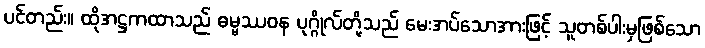
ပင်တည်း။ ထိုအဋ္ဌကထာသည် ဓမ္မဿဝန ပုဂ္ဂိုလ်တို့သည် မေးအပ်သောအားဖြင့် သူတစ်ပါးမှဖြစ်သော